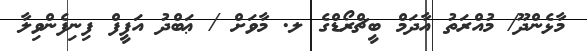
މާޅެންދޫ/ މުއްރަތު އާދަމް ބީޗްރޯޑްގެ ލ. މާވަށް / ޢަބްދު އަފީފް ފިނިފެންވިލާ